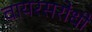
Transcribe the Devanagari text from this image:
वायरसरोधी